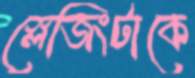
স্লেজিংটাকে